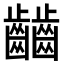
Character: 𪙹